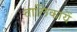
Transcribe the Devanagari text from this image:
तालिकायें